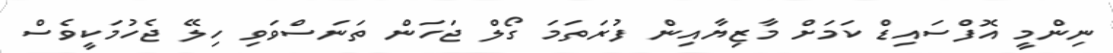
ނިންމީ އޮފްސައިޑް ކަމަށް މާޒިޔާއިން ފުރަތަމަ ގޯލް ޖަހަން ތަނަސްވަވި ހިލޭ ޖެހުމަކީވެސް